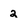
Character: 2